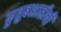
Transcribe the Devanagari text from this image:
कुतुबशाहीची